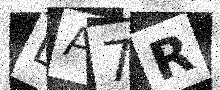
Text: LA7R